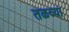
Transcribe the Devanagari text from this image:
तळव्या